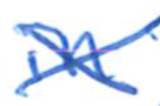
Text: in
Cross-out: cross
Writing tool: ballpoint